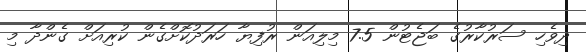
ދިވެހި ސަރުކާރުގެ ބަޖެޓުން 7.5 މިލިއަން ރުފިޔާ ހަރަދުކޮށްގެން ކުރިއަށް ގެންދާ މި